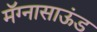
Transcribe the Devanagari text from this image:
मॅग्नासाऊंड